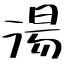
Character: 湯